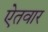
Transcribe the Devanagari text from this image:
ऐतवार